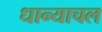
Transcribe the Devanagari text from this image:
धान्याचल